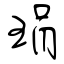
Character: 琄